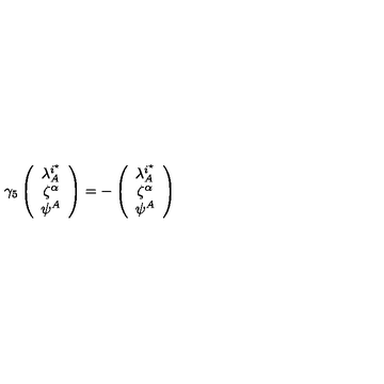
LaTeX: \gamma _ { 5 } \left( \begin{array} { c } { \lambda _ { A } ^ { i ^ { \star } } } \\ { \zeta ^ { \alpha } } \\ { \psi ^ { A } } \\ \end{array} \right) = - \left( \begin{array} { c } { \lambda _ { A } ^ { i ^ { \star } } } \\ { \zeta ^ { \alpha } } \\ { \psi ^ { A } } \\ \end{array} \right)